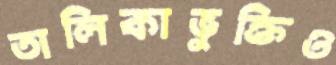
তালিকাভুক্তিও